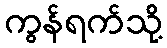
ကွန်ရက်သို့